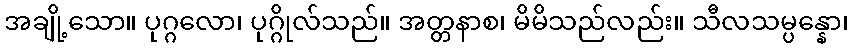
အချို့သော။ ပုဂ္ဂလော၊ ပုဂ္ဂိုလ်သည်။ အတ္တနာစ၊ မိမိသည်လည်း။ သီလသမ္ပန္နော၊